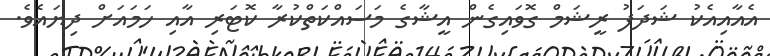
އެއާއިއެކު ޝަދަފު ރީޝަމް ގޮވައިގެން އީޝާގެ މަސައްކަތްކުރާ ކޮޓަރި އާއި ހަމައަށް ދިޔައެވެ.